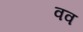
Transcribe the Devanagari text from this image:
वव